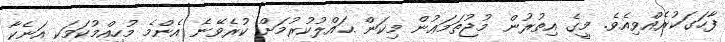
ފާހަގަކުރެއްވިއެވެ. މީގެ އިތުރުން މުޖުތަމަޢުން މިކަން ޙައްލުކުރުމަށް ކުރެވޭނެ އެންމެ މުހިއްމުކަމަކީ އަނެކާ